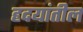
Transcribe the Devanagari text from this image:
हृदयांतील